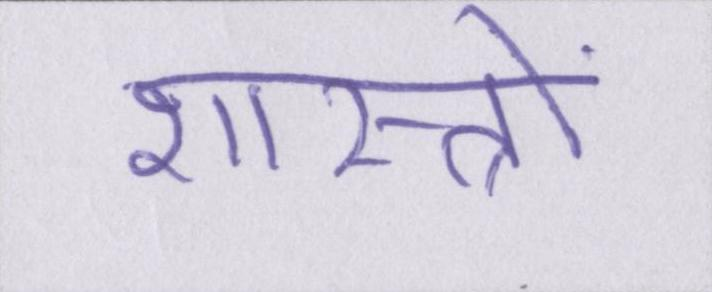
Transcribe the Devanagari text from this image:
शास्त्रों